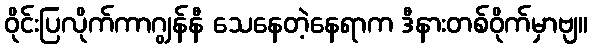
ဝိုင်းပြလိုက်ကာဂျွန်နီ သေနေတဲ့နေရာက ဒီနားတစ်ဝိုက်မှာဗျ။